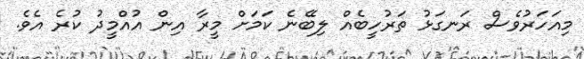
މިއަހަރުވެސް ރަނގަޅު ތަރުހީބެއް ލިބޭނެ ކަަމަށް މީރާ އިން އުއްމީދު ކުރެ އެވެ.